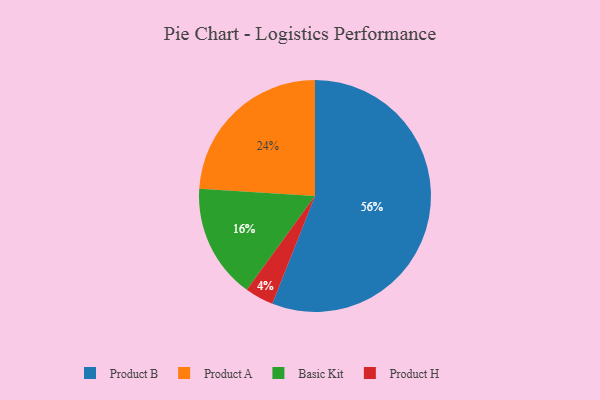
{"axis": {"x": "Category", "y": "Percentage"}, "legend": ["Basic Kit", "Product A", "Product B", "Product H"], "data": [{"x": "Product A", "y": 24, "type": "Product A"}, {"x": "Basic Kit", "y": 16, "type": "Basic Kit"}, {"x": "Product B", "y": 56, "type": "Product B"}, {"x": "Product H", "y": 4, "type": "Product H"}]}